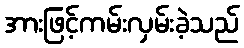
အားဖြင့်ကမ်းလှမ်းခဲ့သည်